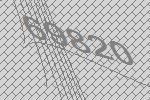
69820